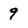
Character: 9